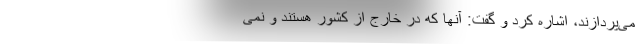
می‌پردازند، اشاره کرد و گفت: آنها که در خارج از کشور هستند و نمی‌